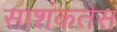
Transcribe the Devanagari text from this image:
साशंकतेस